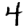
Digit: 4